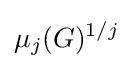
\mu _{j}(G)^{1/j}